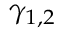
\gamma _ { 1 , 2 }